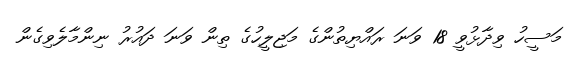
މަސީހު ވިދާޅުވީ 18 ވަނަ ރައްޔިތުންގެ މަޖިލީހުގެ ތިން ވަނަ ދައުރު ނިންމާލެވިގެން